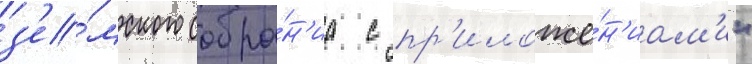
з'е́мского собра́н'иа с пр'иложе́н'иам'и"